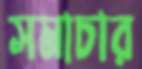
সমাচার